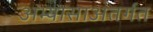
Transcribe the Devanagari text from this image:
अभ्यासाअंतर्गत